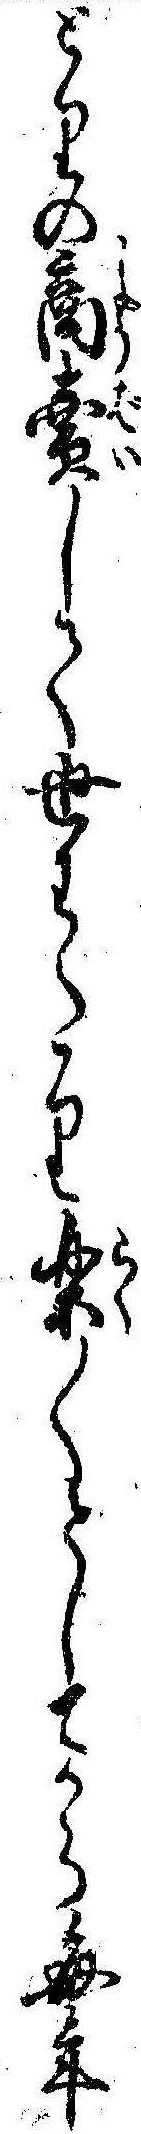
どりの商売して世わたり楽〱としてから毎年